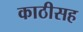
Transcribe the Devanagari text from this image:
काठीसह